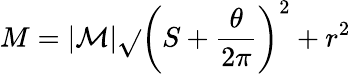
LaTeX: M=|\mathcal{M}|\sqrt{}{{\left(S+\frac{{\theta}}{{2\pi}}\right)^{2}+r^{2}}}